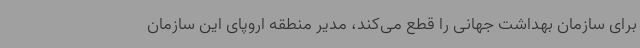
برای سازمان بهداشت جهانی را قطع می‌کند، مدیر منطقه اروپای این سازمان